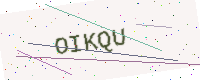
Text: OIKQU